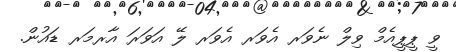
ވީ ޕީޕީއެމް ވިލް ނެވަރ އެވަރ އެވަރ ލޭ އަވަރަ އާރމަރ ޑައުން.